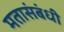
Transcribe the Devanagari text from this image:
मतासंबंधी